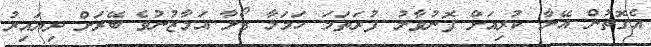
އެގޮތުން އޭނާ ކުރިއަށް ފޮނުވާލު ފުރަތަމަ ހަމަލާ ގޯލާ އަމާޒުނުވެ ބޭރަށް ދިޔައިރު